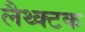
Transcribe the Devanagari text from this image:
लैथ्क्टक